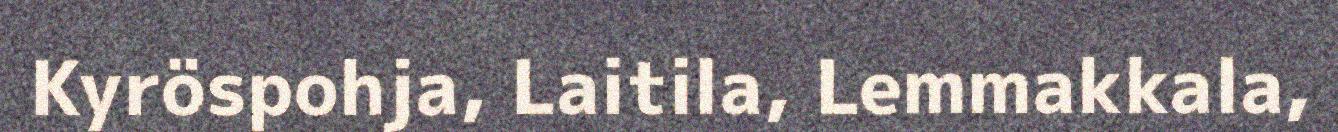
Kyröspohja, Laitila, Lemmakkala,